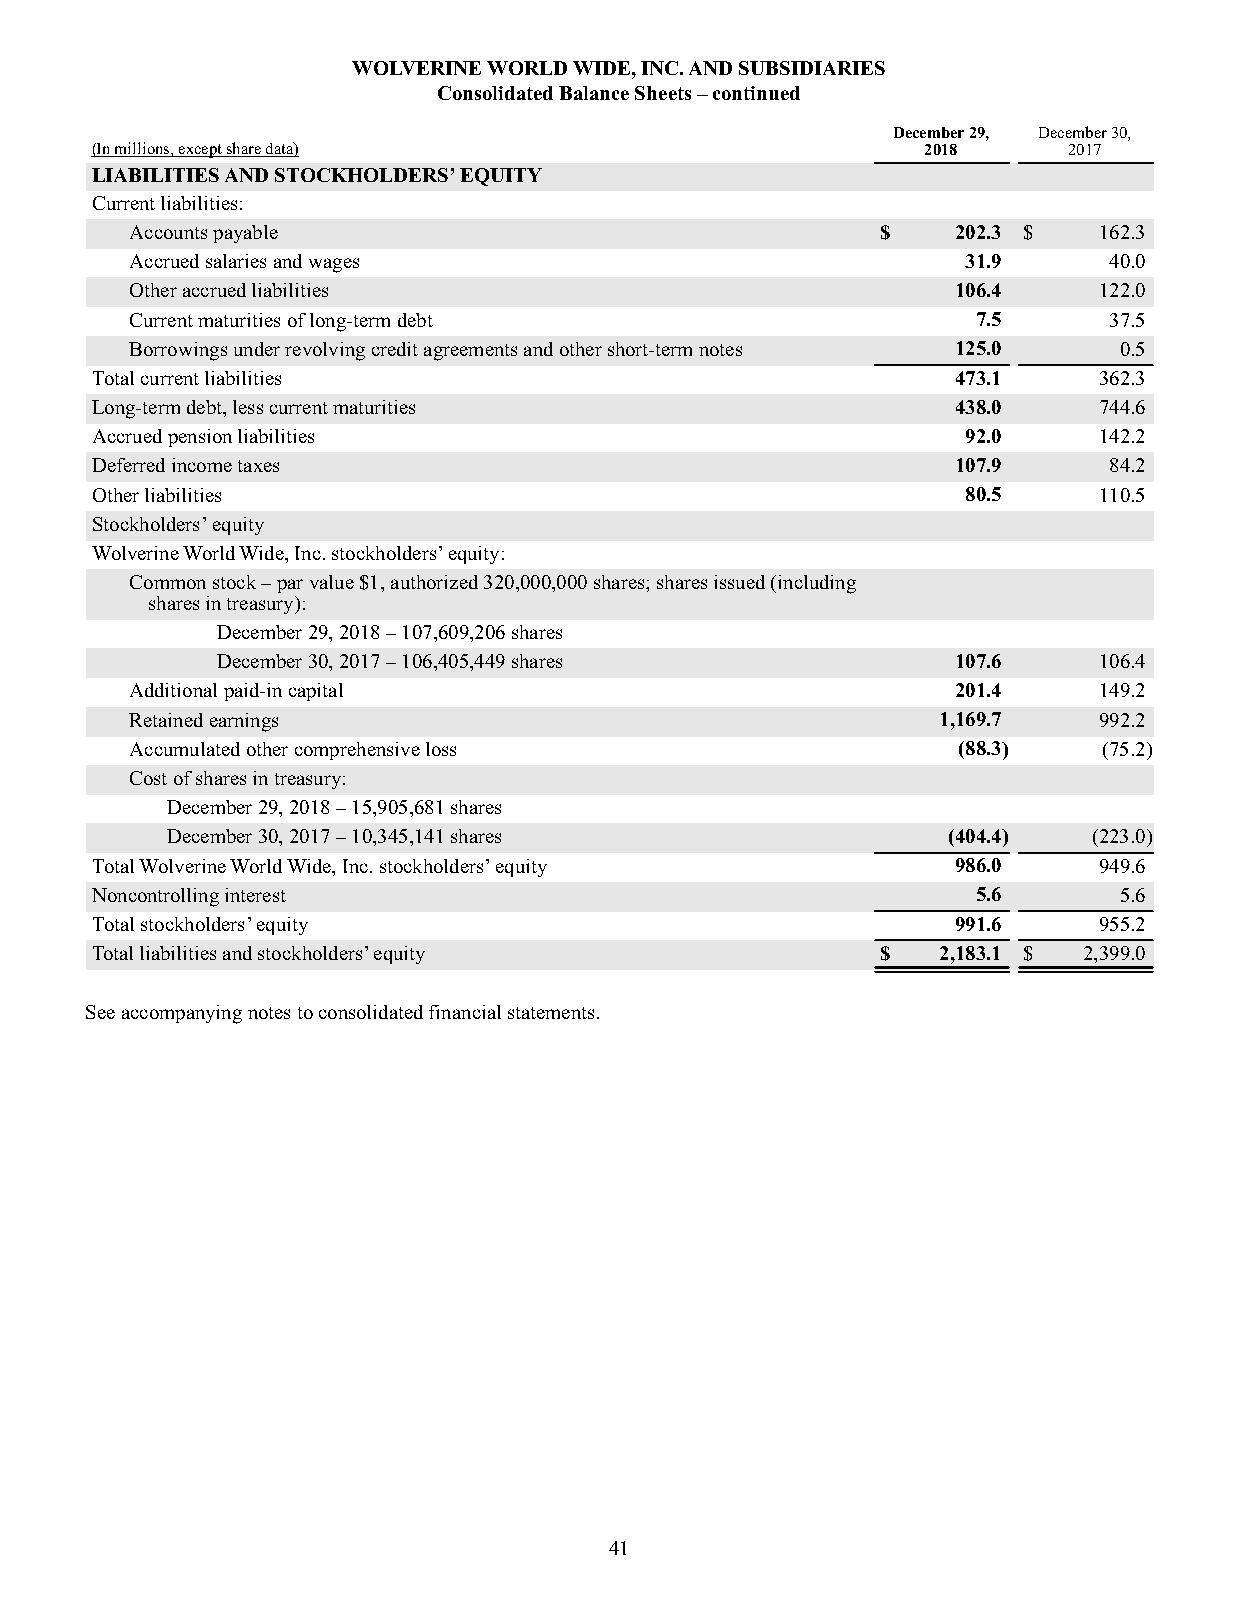
WOLVERINE WORLD WIDE, INC. AND SUBSIDIARIES
 Consolidated Balance Sheets – continued
 December 29, December 30,
 (In millions, except share data)                       2018      2017
 LIABILITIES AND STOCKHOLDERS’ EQUITY
 Current liabilities:
 Accounts payable                                 $    202.3 $   162.3
 Accrued salaries and wages                             31.9     40.0
 Other accrued liabilities                             106.4     122.0
 Current maturities of long-term debt                    7.5     37.5
 Borrowings under revolving credit agreements and other short-term notes 125.0 0.5
 Total current liabilities                                473.1     362.3
 Long-term debt, less current maturities                  438.0     744.6
 Accrued pension liabilities                               92.0     142.2
 Deferred income taxes                                    107.9     84.2
 Other liabilities                                         80.5     110.5
 Stockholders’ equity
 Wolverine World Wide, Inc. stockholders’ equity:
 Common stock – par value $1, authorized 320,000,000 shares; shares issued (including
 shares in treasury):
 December 29, 2018 – 107,609,206 shares
 December 30, 2017 – 106,405,449 shares           107.6     106.4
 Additional paid-in capital                            201.4     149.2
 Retained earnings                                    1,169.7    992.2
 Accumulated other comprehensive loss                  (88.3)    (75.2)
 Cost of shares in treasury:
 December 29, 2018 – 15,905,681 shares
 December 30, 2017 – 10,345,141 shares               (404.4)  (223.0)
 Total Wolverine World Wide, Inc. stockholders’ equity    986.0     949.6
 Noncontrolling interest                                    5.6      5.6
 Total stockholders’ equity                               991.6     955.2
 Total liabilities and stockholders’ equity          $   2,183.1 $ 2,399.0
 See accompanying notes to consolidated financial statements.
 41